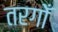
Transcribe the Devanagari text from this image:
तरगोँ